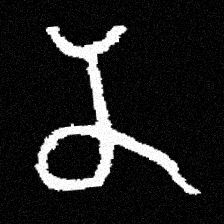
Pyu character \u2014 Myanmar letter: န (romanized: na)